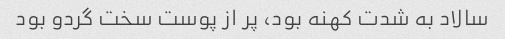
سالاد به شدت کهنه بود، پر از پوست سخت گردو بود